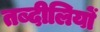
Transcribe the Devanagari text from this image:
तब्दीलियों